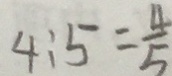
4 : 5 = \frac { 4 } { 5 }